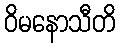
ဝိမနောသီတိ